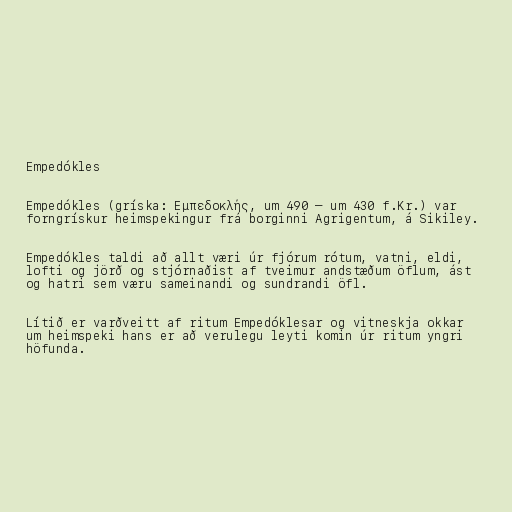
Empedókles

Empedókles (gríska: Εμπεδοκλής, um 490 – um 430 f.Kr.) var
forngrískur heimspekingur frá borginni Agrigentum, á Sikiley.

Empedókles taldi að allt væri úr fjórum rótum, vatni, eldi,
lofti og jörð og stjórnaðist af tveimur andstæðum öflum, ást
og hatri sem væru sameinandi og sundrandi öfl.

Lítið er varðveitt af ritum Empedóklesar og vitneskja okkar
um heimspeki hans er að verulegu leyti komin úr ritum yngri
höfunda.